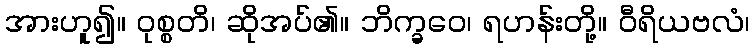
အားဟူ၍။ ဝုစ္စတိ၊ ဆိုအပ်၏။ ဘိက္ခဝေ၊ ရဟန်းတို့။ ဝီရိယဗလံ၊